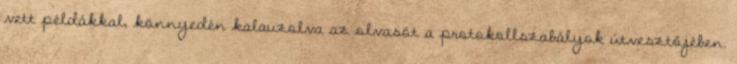
vett példákkal, könnyedén kalauzolva az olvasót a protokollszabályok útvesztőjében.